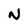
Character: N